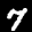
Digit: 7